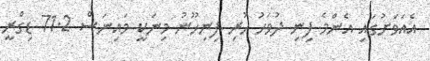
އެއަވަށުގައި އެންމެ ފިނި ދުވަހު ހުރި ފިނިހޫނު މިނަކީ މައިނަސް 71.2 ޑިގްރީ